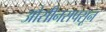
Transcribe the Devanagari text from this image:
ओसीनसपसून